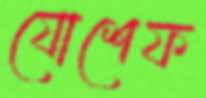
যোশেফ